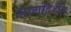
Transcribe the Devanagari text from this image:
मागदिर्शन